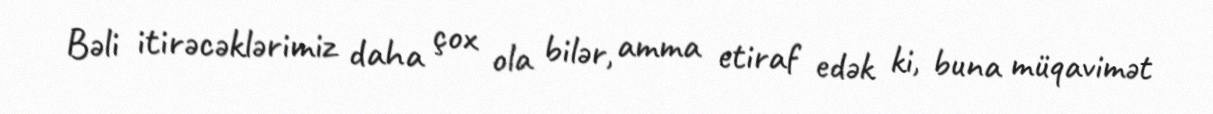
Bəli itirəcəklərimiz daha çox ola bilər, amma etiraf edək ki, buna müqavimət